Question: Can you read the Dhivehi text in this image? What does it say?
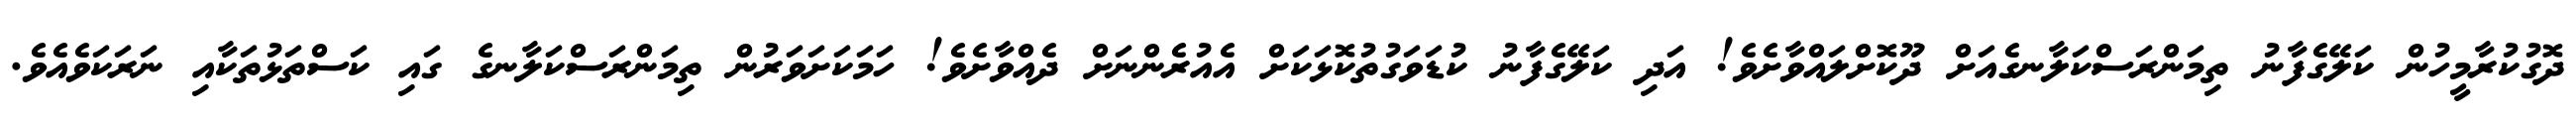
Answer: ދޮގުކުރާމީހުން ކަލޭގެފާނު ތިމަންރަސްކަލާނގެއަށް ދޫކޮށްލައްވާށެވެ! އަދި ކަލޭގެފާނު ކުޑަވަގުތުކޮޅަކަށް އެއުރެންނަށް ދެއްވާށެވެ! ހަމަކަށަވަރުން ތިމަންރަސްކަލާނގެ ގައި ކަސްތަޅުތަކާއި ނަރަކަވެއެވެ.